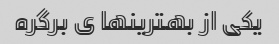
یکی از بهترینها ی برگره